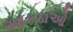
આકડાઓ